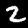
Digit: 2